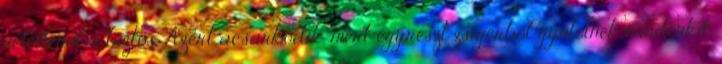
véletlenül.ez biztos. Azért acsarkodik, mert egyrészt zsigerből gyűlölnek mindenkit,